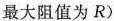
最大阻值为R)